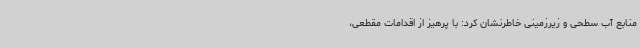
منابع آب سطحی و زیرزمینی خاطرنشان کرد: با پرهیز از اقدامات مقطعی،